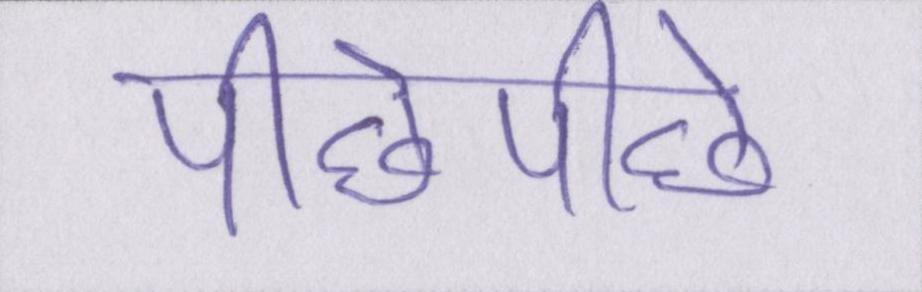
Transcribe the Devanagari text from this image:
पीछेपीछे